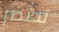
تحتضر